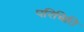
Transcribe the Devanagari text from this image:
परिचिति